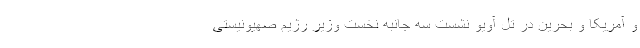
و آمریکا و بحرین در تل آویو نشست سه جانبه نخست وزیر رژیم صهیونیستی